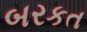
બરકત